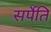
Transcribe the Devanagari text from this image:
सर्पेति